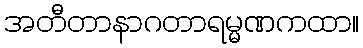
အတီတာနာဂတာရမ္မဏကထာ။